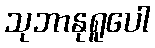
သုဘာနုရူပေါ